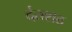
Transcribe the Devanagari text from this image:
दंतशठ